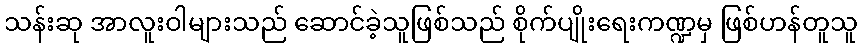
သန်းဆု အာလူးဝါများသည် ဆောင်ခဲ့သူဖြစ်သည် စိုက်ပျိုးရေးကဏ္ဍမှ ဖြစ်ဟန်တူသူ